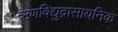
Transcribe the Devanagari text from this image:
ऋणविद्युद्रासायनिक